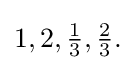
{\textstyle 1,2,{\tfrac {1}{3}},{\tfrac {2}{3}}.}